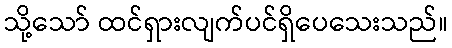
သို့သော် ထင်ရှားလျက်ပင်ရှိပေသေးသည်။